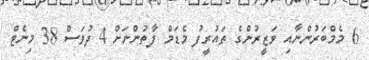
6 މެމްބަރުންނާއި ވަޒީރުންގެ ތައުރީފު މެޑަމް ފާތުންނަށް 4 ދުވަސް 38 މިނެޓް